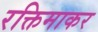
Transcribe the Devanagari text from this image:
रक्तिमाकर